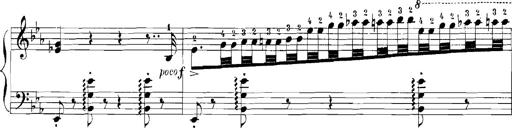
Title: Rhapsodies hongroises
Composer: Franz Liszt